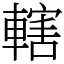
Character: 轄